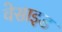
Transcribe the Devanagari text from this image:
वेसाइड